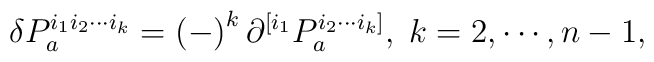
\delta P_{a}^{i_{1}i_{2}\cdots i_{k}}=\left( -\right) ^{k}\partial^{[i_{1}}P_{a}^{i_{2}\cdots i_{k}]},\;k=2,\cdots ,n-1,